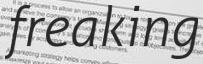
freaking